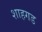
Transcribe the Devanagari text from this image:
शाहगड